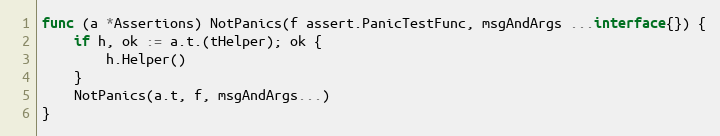
Language: Go
func (a *Assertions) NotPanics(f assert.PanicTestFunc, msgAndArgs ...interface{}) {
	if h, ok := a.t.(tHelper); ok {
		h.Helper()
	}
	NotPanics(a.t, f, msgAndArgs...)
}